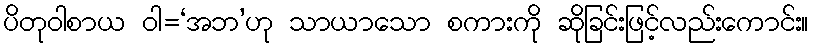
ပိတုဝါစာယ ဝါ=‘အဘ’ဟု သာယာသော စကားကို ဆိုခြင်းဖြင့်လည်းကောင်း။